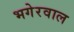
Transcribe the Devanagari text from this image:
भगेरवाल